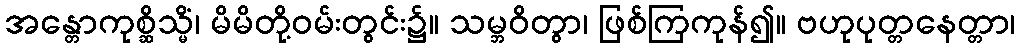
အန္တောကုစ္ဆိသ္မိံ၊ မိမိတို့ဝမ်းတွင်း၌။ သမ္ဘဝိတွာ၊ ဖြစ်ကြကုန်၍။ ဗဟုပုတ္တနေတ္တာ၊